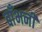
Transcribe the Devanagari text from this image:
बाँभनी